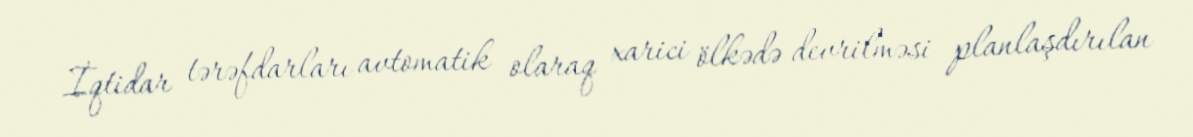
İqtidar tərəfdarları avtomatik olaraq xarici ölkədə devrilməsi planlaşdırılan